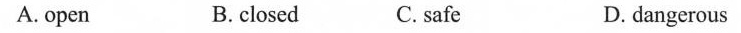
A.open B.closed C. safe D.dangerous